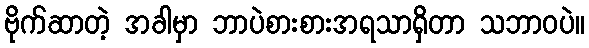
ဗိုက်ဆာတဲ့ အခါမှာ ဘာပဲစားစားအရသာရှိတာ သဘာဝပဲ။